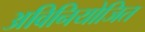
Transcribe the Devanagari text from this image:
अविनियोजित